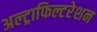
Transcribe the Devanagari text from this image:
अल्ट्राफिल्टरेशन